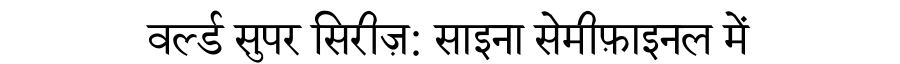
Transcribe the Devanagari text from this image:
वर्ल्ड सुपर सिरीज़: साइना सेमीफ़ाइनल में